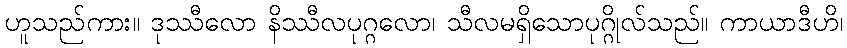
ဟူသည်ကား။ ဒုဿီလော နိဿီလပုဂ္ဂလော၊ သီလမရှိသောပုဂ္ဂိုလ်သည်။ ကာယာဒီဟိ၊